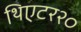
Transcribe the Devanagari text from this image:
थिएटर२०